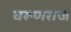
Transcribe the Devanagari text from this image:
वरूणराज